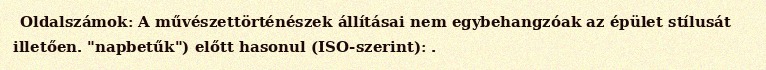
Oldalszámok: A művészettörténészek állításai nem egybehangzóak az épület stílusát illetően. "napbetűk") előtt hasonul (ISO-szerint): .